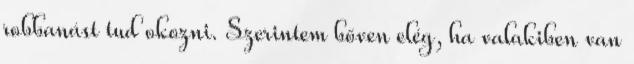
robbanást tud okozni. Szerintem bőven elég, ha valakiben van